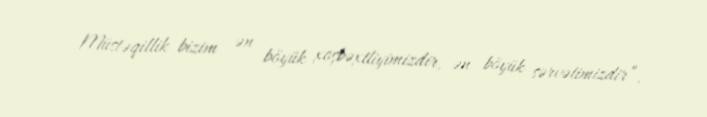
Müstəqillik bizim ən böyük xoşbəxtliyimizdir, ən böyük sərvətimizdir”.